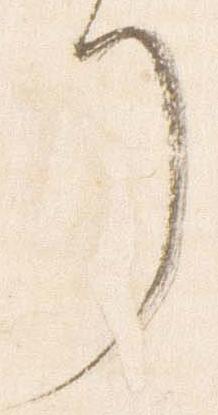
了